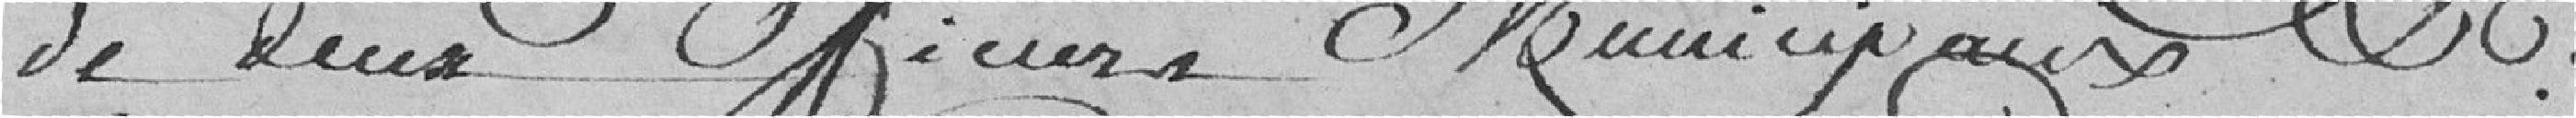
de deux Officiers Municipaux & de